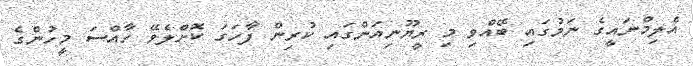
އެލިމްނައީގެ ނަމުގައި ބޭއްވި މި ރީޔޫނިއަންގައި ކުރިން ފާހަގަ ކޮށްލެވޭ ހާއްސަ މީހުންގެ